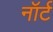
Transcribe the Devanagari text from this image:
नॉर्ट